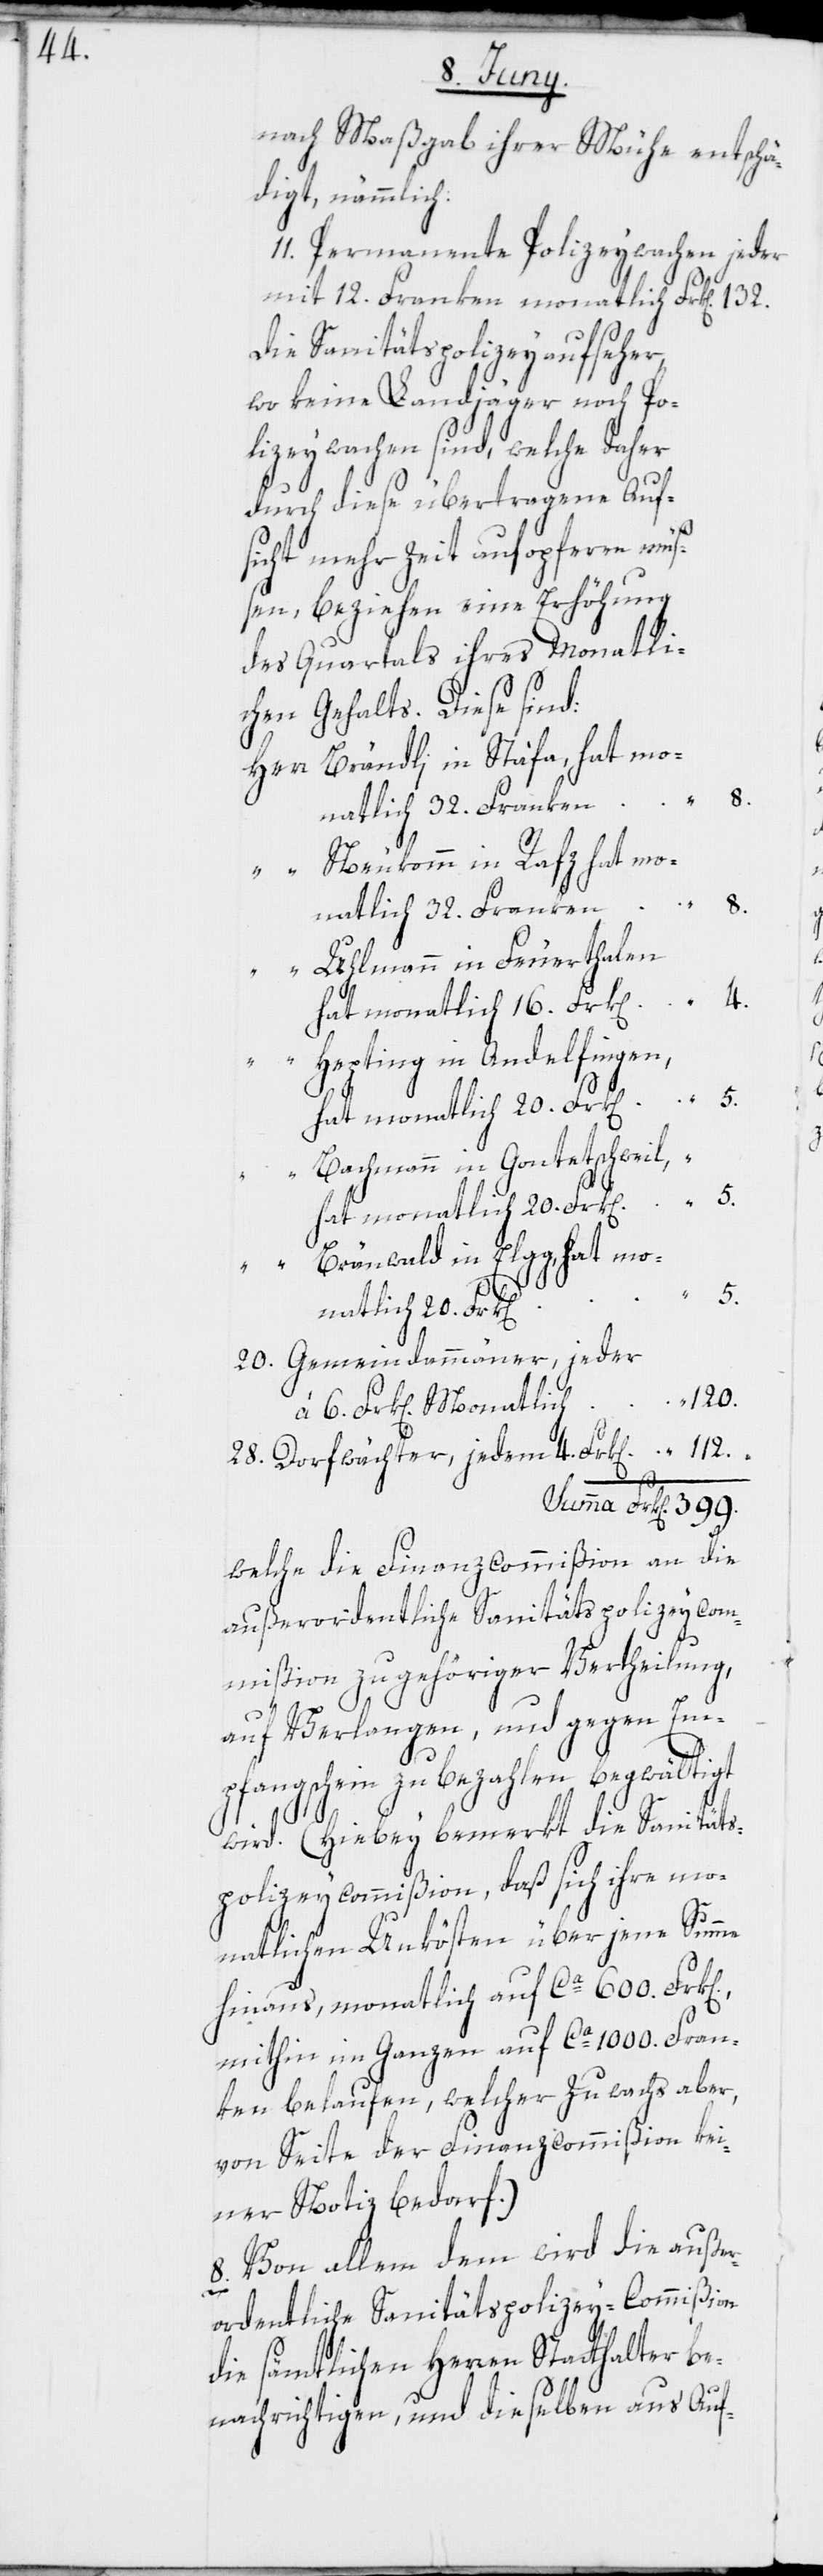
nach Maßgab ihrer Mühe entschä¬
digt, nämmlich:
11. Permanente Polizeywachen jeder
Die Sanitätspolizeyaufseher,
wo keine Landjäger noch Po¬
lizeywachen sind, welche daher
durch diese übertragene Auf¬
sicht mehr Zeit aufopferen müß¬
en, beziehen eine Erhöhung
des Quartals ihres monatli¬
chen Gehalts. Diese sind:
Brändli in Stäfa, hat mo¬
natlich 32. Franken
112.
Neukomm in Rafz hat mo¬
“
n].,
“
5.
Uhlmann in Feuerthalen
hat monatlich 16. Frk[e¬
Hepting in Andelfingen,
Bachmann in Gontetschweil,
399.
hat monatlich 20. Frk[e¬
Bränwald in Elgg, hat mo¬
natlich 20. Frk[e¬
20. Gemeindammänner, jeder
120.
à 6. Frk[en]. Monatlich
28. Dorfwächter, jedem 4. Frk[en].
welche die Finanzcommißion an die
außerordentliche Sanitätspolizeycom¬
mißion zu gehöriger Vertheilung,
auf Verlangen, und gegen Em¬
pfangschein zu bezahlen begwältigt
wird. (Hiebey bemerkt die Sanitäts¬
polizeycommißion, daß sich ihre mo¬
natlichen Unkösten über jene Summe
hinaus, monatlich auf ca. 600. Frk[e¬
mithin im Ganzen auf ca. 1000. Fran¬
ken belaufen, welcher Zuwachs aber,
von Seite der Finanzcommißion kei¬
ner Notiz bedarf.)
8. Von allem dem wird die außer¬
ordentliche Sanitätspolizey-Commißion
sämtlichen Herren Statthalter be¬
nachrichtigen, und dieselben aus Auf-